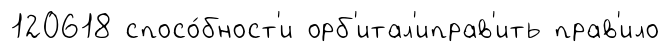
120618 спосо́бност'и орб'итал'иправ'ить прав'ило